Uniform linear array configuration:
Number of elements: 4
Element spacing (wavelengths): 0.5
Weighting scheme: uniform
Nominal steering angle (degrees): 15
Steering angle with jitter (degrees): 14.408
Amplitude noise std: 0.05
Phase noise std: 0.05

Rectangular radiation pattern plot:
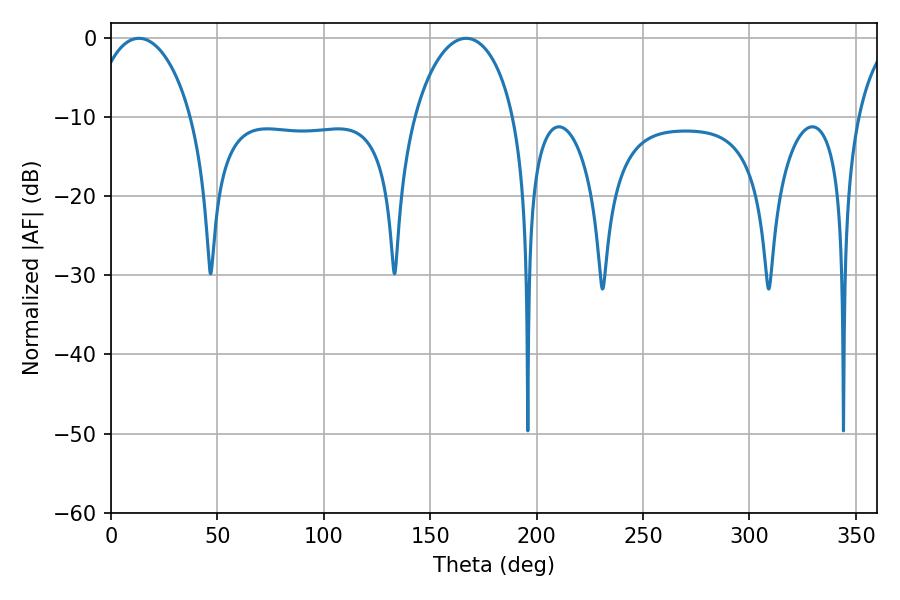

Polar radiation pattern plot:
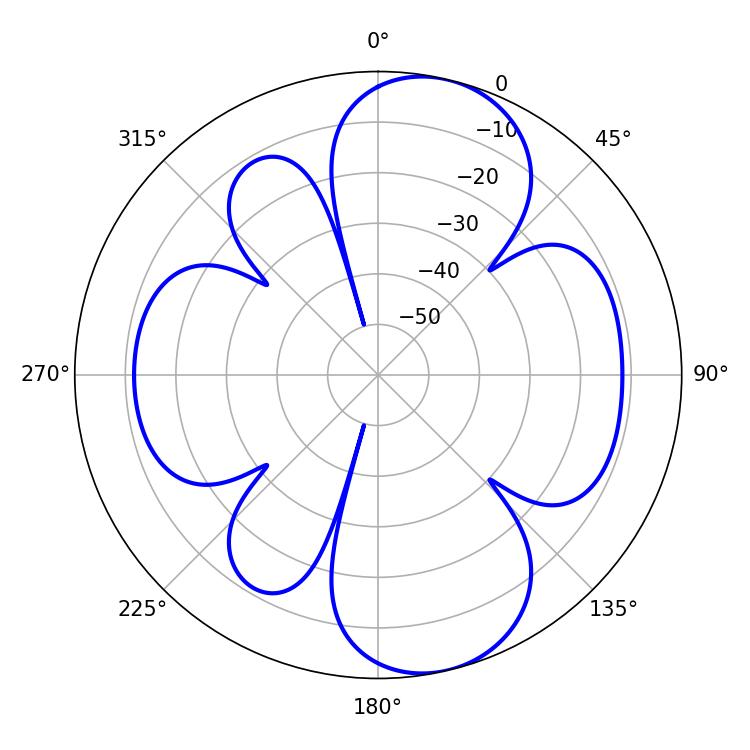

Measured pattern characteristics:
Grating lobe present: FALSE
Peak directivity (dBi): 9.484
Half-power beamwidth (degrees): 27
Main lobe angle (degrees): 13.14